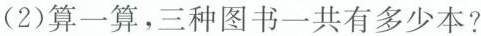
(2)算一算，三种图书一共有多少本?